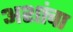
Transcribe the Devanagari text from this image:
अशांचा